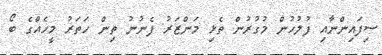
ސިފައިންނާއި ފުލުހުން މުގުރުން ތެޅި މަންޒަރު ފެނުނު ތިން ހަތަރު މީހެއްގެ ބޯ